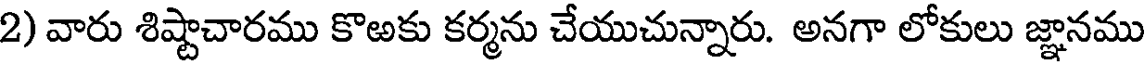
2) వారు శిష్టాచారము కొఱకు కర్మను చేయుచున్నారు. అనగా లోకులు జ్ఞానము